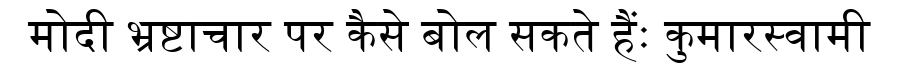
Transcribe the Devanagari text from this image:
मोदी भ्रष्टाचार पर कैसे बोल सकते हैंः कुमारस्वामी